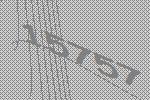
15757